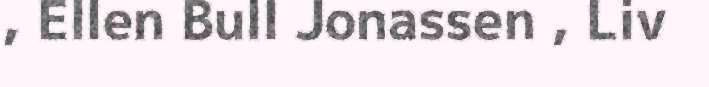
, Ellen Bull Jonassen , Liv